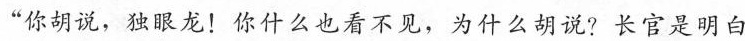
“你胡说，独眼龙!你什么也看不见，为什么胡说?长官是明白